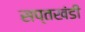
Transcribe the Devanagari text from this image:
सप्तखंडी